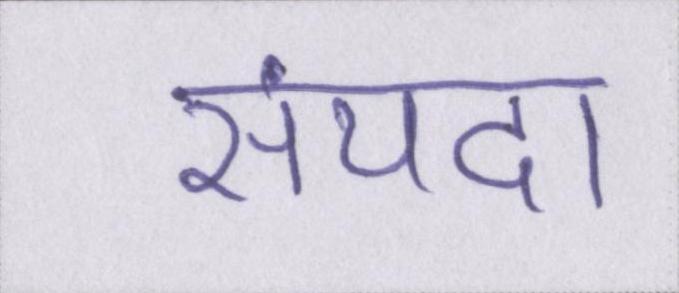
संपदा